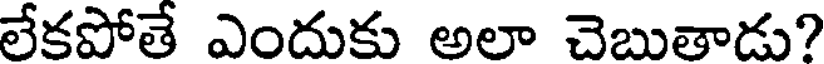
లేకపోతే ఎందుకు అలా చెబుతాడు?